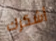
أشكرك